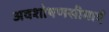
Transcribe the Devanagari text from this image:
अवशोषणसीमाएँ